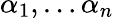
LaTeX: \alpha_{1},\ldots\alpha_{n}